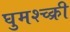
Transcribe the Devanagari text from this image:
घुमश्च्क्री